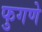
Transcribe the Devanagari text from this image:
फुगणे